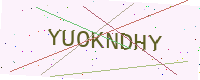
Text: YUOKNDHY